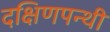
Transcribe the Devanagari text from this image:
दक्षिणपन्थी